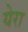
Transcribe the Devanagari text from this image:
येरा